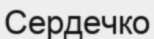
Сердечко